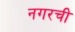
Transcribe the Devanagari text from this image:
नगरची